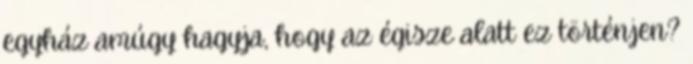
egyház amúgy hagyja, hogy az égisze alatt ez történjen?